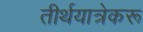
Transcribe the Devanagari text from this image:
तीर्थयात्रेकरू